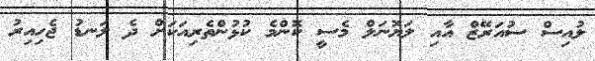
ލުއިސް ސުއަރޭޒް އާއި ލަޔޮނަލް މެސީ ކޮންމެ ކުޅުންތެރިއަކަށް ދެ ލަނޑު ޖެހިއިރު